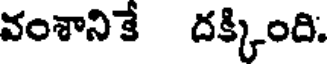
వంశానికే దక్కింది.